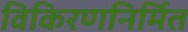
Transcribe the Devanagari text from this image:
विकिरणनिर्मित